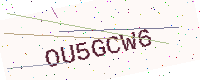
Text: OU5GCW6